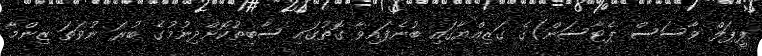
ޕީޕަލް ވާސަސް ޕެޓާސަން)ގެ ގަޒިއްޔާގައި ބުނެފައިވާ ގޮތުގައި ސާބިތުކޮށްދިނުމުގެ ބުރަ ނުވަތަ ޒިންމާ